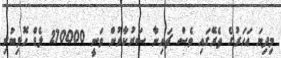
މިދިޔަ އަހަރުގެ ތެރޭގައި ވެސް ޗައިނާ ސަރުކާރުން ވަނީ 270000 ލެޑް ހޮޅިބުރި